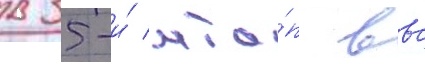
в 35-и́ мта́п ввс